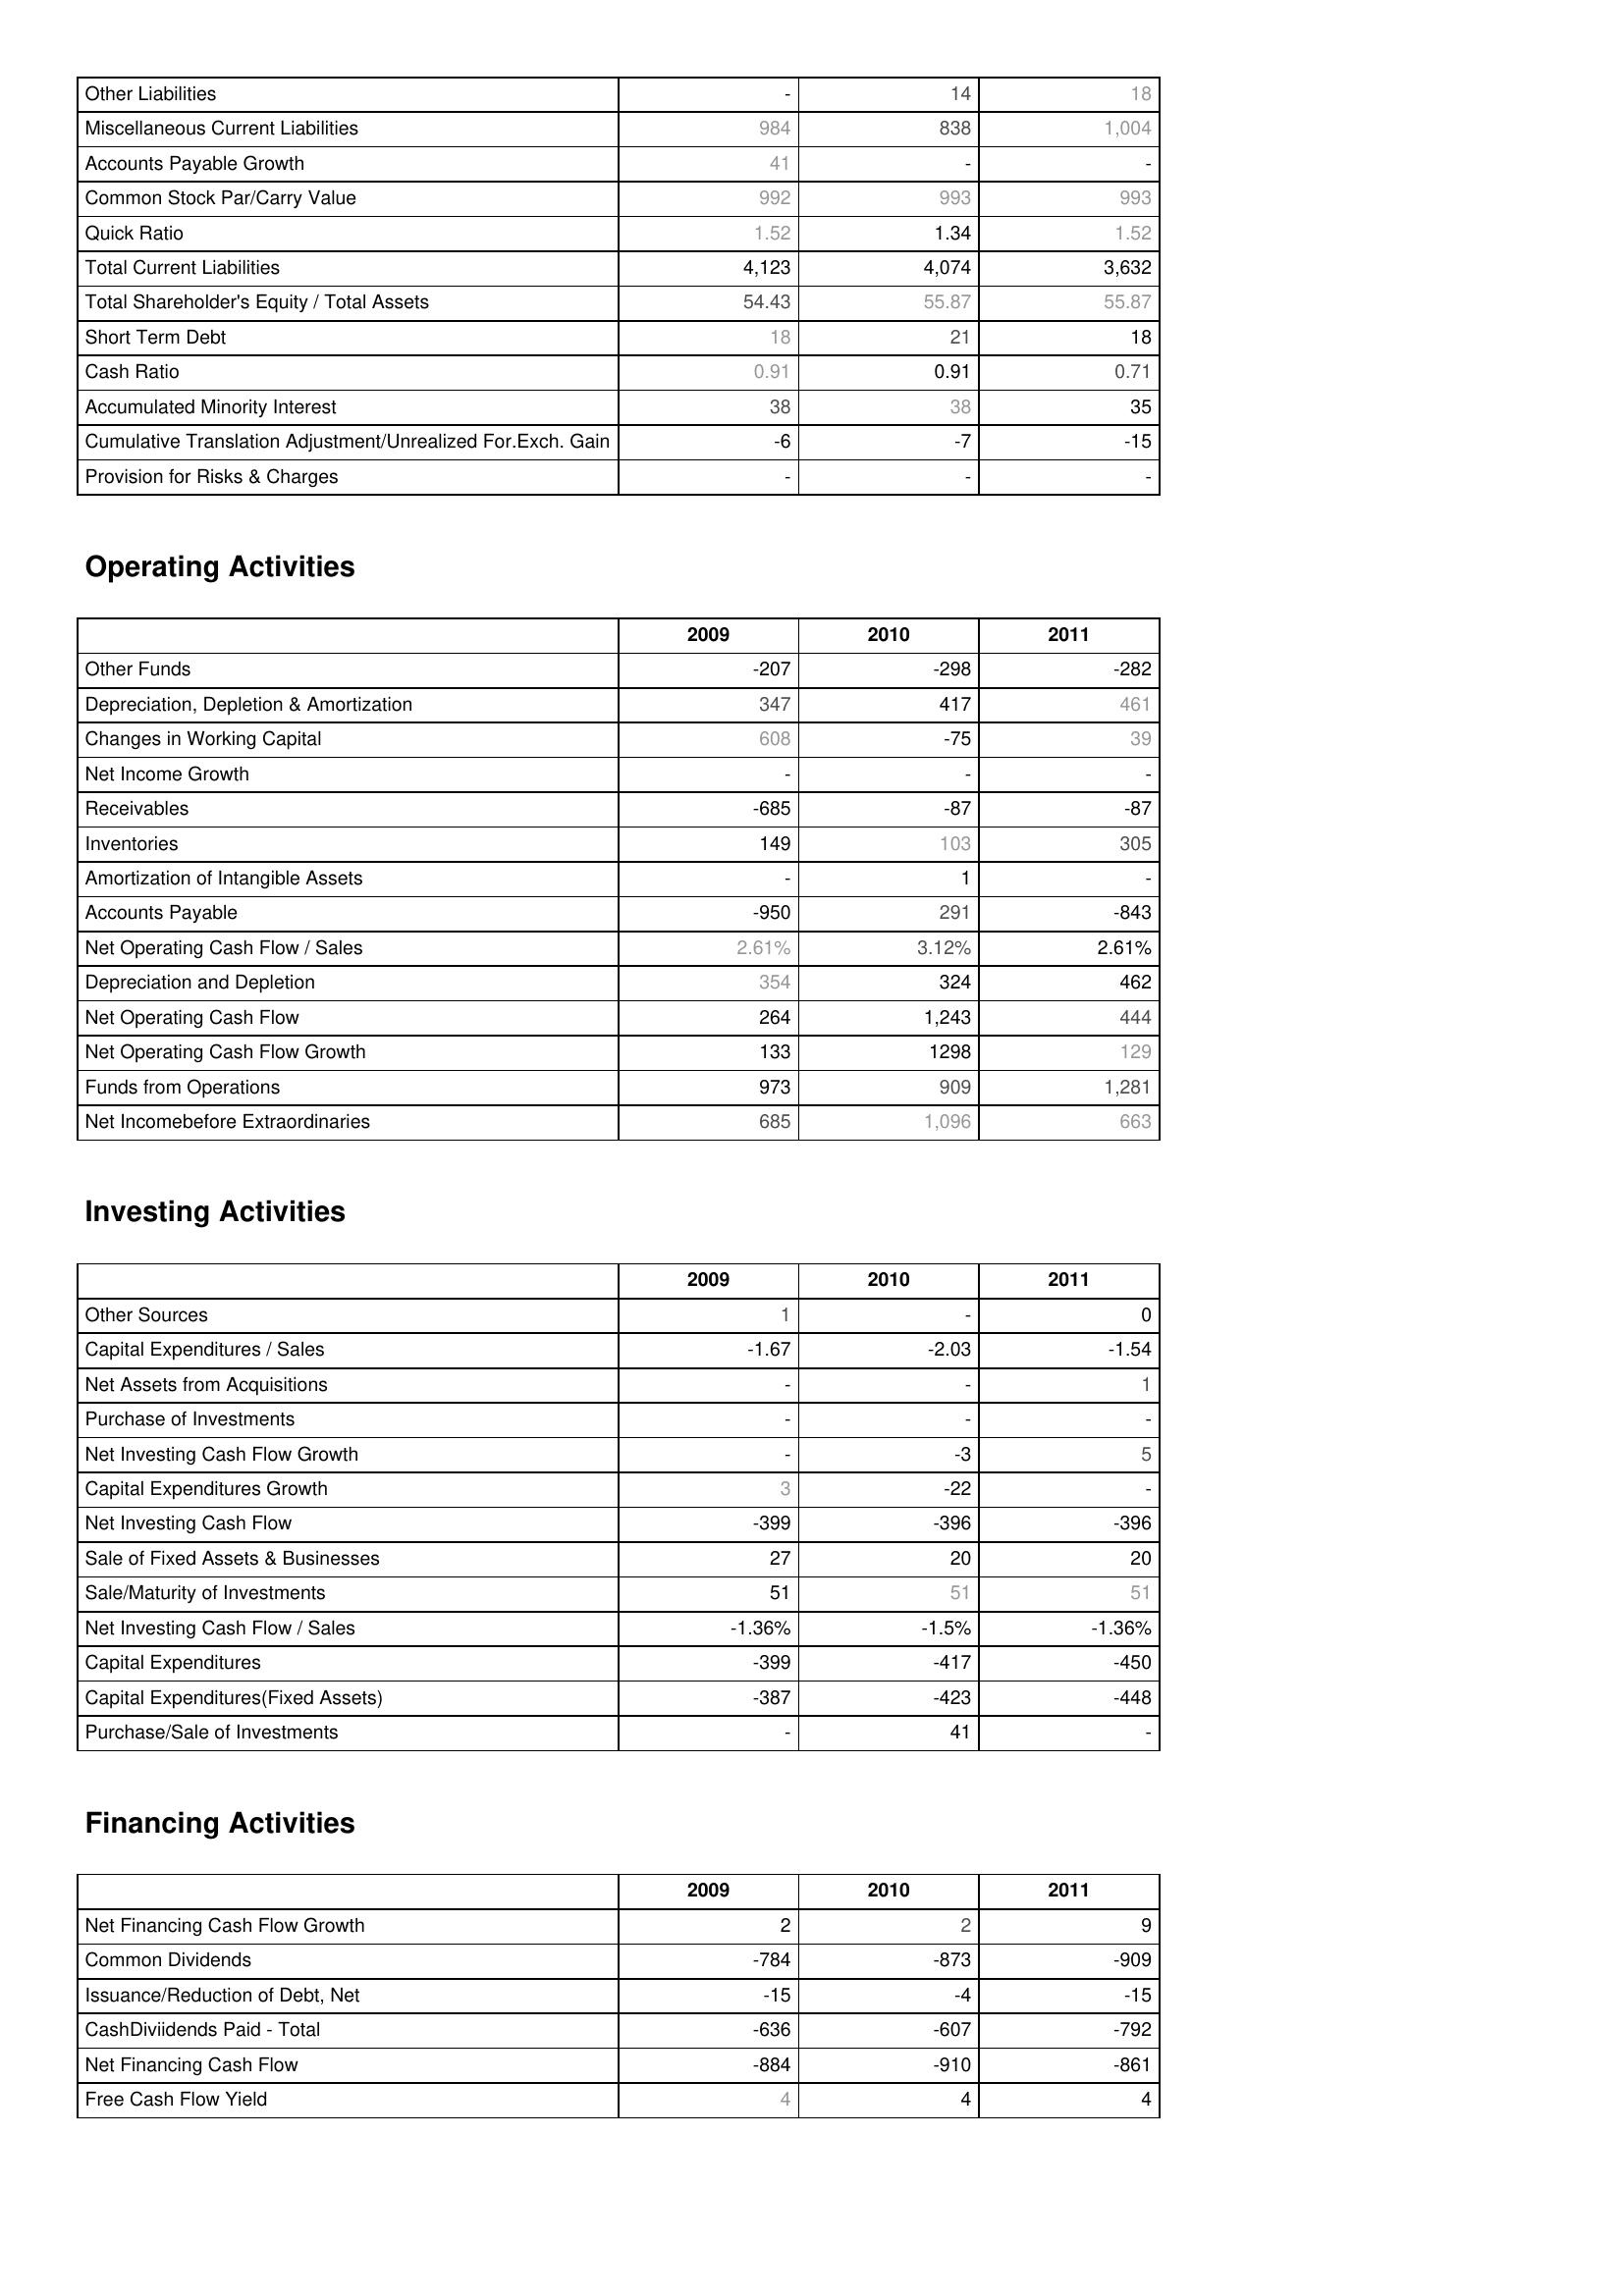
2009: Liabilities & Shareholder's Equity: Other Liabilities: -
Miscellaneous Current Liabilities: 984
Accounts Payable Growth: 41
Common Stock Par/Carry Value: 992
Quick Ratio: 1.52
Total Current Liabilities: 4,123
Total Shareholder's Equity / Total Assets: 54.43
Short Term Debt: 18
Cash Ratio: 0.91
Accumulated Minority Interest: 38
Cumulative Translation Adjustment/Unrealized For.Exch. Gain: -6
Provision for Risks & Charges: -
Operating Activities: Other Funds: -207
Depreciation, Depletion & Amortization: 347
Changes in Working Capital: 608
Net Income Growth: -
Receivables: -685
Inventories: 149
Amortization of Intangible Assets: -
Accounts Payable: -950
Net Operating Cash Flow / Sales: 2.61%
Depreciation and Depletion: 354
Net Operating Cash Flow: 264
Net Operating Cash Flow Growth: 133
Funds from Operations: 973
Net Incomebefore Extraordinaries: 685
Investing Activities: Other Sources: 1
Capital Expenditures / Sales: -1.67
Net Assets from Acquisitions: -
Purchase of Investments: -
Net Investing Cash Flow Growth: -
Capital Expenditures Growth: 3
Net Investing Cash Flow: -399
Sale of Fixed Assets & Businesses: 27
Sale/Maturity of Investments: 51
Net Investing Cash Flow / Sales: -1.36%
Capital Expenditures: -399
Capital Expenditures(Fixed Assets): -387
Purchase/Sale of Investments: -
Financing Activities: Net Financing Cash Flow Growth: 2
Common Dividends: -784
Issuance/Reduction of Debt, Net: -15
CashDiviidends Paid - Total: -636
Net Financing Cash Flow: -884
Free Cash Flow Yield: 4
2010: Liabilities & Shareholder's Equity: Other Liabilities: 14
Miscellaneous Current Liabilities: 838
Accounts Payable Growth: -
Common Stock Par/Carry Value: 993
Quick Ratio: 1.34
Total Current Liabilities: 4,074
Total Shareholder's Equity / Total Assets: 55.87
Short Term Debt: 21
Cash Ratio: 0.91
Accumulated Minority Interest: 38
Cumulative Translation Adjustment/Unrealized For.Exch. Gain: -7
Provision for Risks & Charges: -
Operating Activities: Other Funds: -298
Depreciation, Depletion & Amortization: 417
Changes in Working Capital: -75
Net Income Growth: -
Receivables: -87
Inventories: 103
Amortization of Intangible Assets: 1
Accounts Payable: 291
Net Operating Cash Flow / Sales: 3.12%
Depreciation and Depletion: 324
Net Operating Cash Flow: 1,243
Net Operating Cash Flow Growth: 1298
Funds from Operations: 909
Net Incomebefore Extraordinaries: 1,096
Investing Activities: Other Sources: -
Capital Expenditures / Sales: -2.03
Net Assets from Acquisitions: -
Purchase of Investments: -
Net Investing Cash Flow Growth: -3
Capital Expenditures Growth: -22
Net Investing Cash Flow: -396
Sale of Fixed Assets & Businesses: 20
Sale/Maturity of Investments: 51
Net Investing Cash Flow / Sales: -1.5%
Capital Expenditures: -417
Capital Expenditures(Fixed Assets): -423
Purchase/Sale of Investments: 41
Financing Activities: Net Financing Cash Flow Growth: 2
Common Dividends: -873
Issuance/Reduction of Debt, Net: -4
CashDiviidends Paid - Total: -607
Net Financing Cash Flow: -910
Free Cash Flow Yield: 4
2011: Liabilities & Shareholder's Equity: Other Liabilities: 18
Miscellaneous Current Liabilities: 1,004
Accounts Payable Growth: -
Common Stock Par/Carry Value: 993
Quick Ratio: 1.52
Total Current Liabilities: 3,632
Total Shareholder's Equity / Total Assets: 55.87
Short Term Debt: 18
Cash Ratio: 0.71
Accumulated Minority Interest: 35
Cumulative Translation Adjustment/Unrealized For.Exch. Gain: -15
Provision for Risks & Charges: -
Operating Activities: Other Funds: -282
Depreciation, Depletion & Amortization: 461
Changes in Working Capital: 39
Net Income Growth: -
Receivables: -87
Inventories: 305
Amortization of Intangible Assets: -
Accounts Payable: -843
Net Operating Cash Flow / Sales: 2.61%
Depreciation and Depletion: 462
Net Operating Cash Flow: 444
Net Operating Cash Flow Growth: 129
Funds from Operations: 1,281
Net Incomebefore Extraordinaries: 663
Investing Activities: Other Sources: 0
Capital Expenditures / Sales: -1.54
Net Assets from Acquisitions: 1
Purchase of Investments: -
Net Investing Cash Flow Growth: 5
Capital Expenditures Growth: -
Net Investing Cash Flow: -396
Sale of Fixed Assets & Businesses: 20
Sale/Maturity of Investments: 51
Net Investing Cash Flow / Sales: -1.36%
Capital Expenditures: -450
Capital Expenditures(Fixed Assets): -448
Purchase/Sale of Investments: -
Financing Activities: Net Financing Cash Flow Growth: 9
Common Dividends: -909
Issuance/Reduction of Debt, Net: -15
CashDiviidends Paid - Total: -792
Net Financing Cash Flow: -861
Free Cash Flow Yield: 4